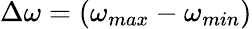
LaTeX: \Delta\omega=(\omega_{max}-\omega_{min})